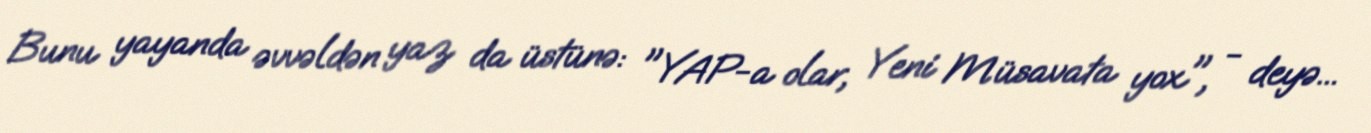
Bunu yayanda əvvəldən yaz da üstünə: "YAP-a olar, Yeni Müsavata yox", - deyə...